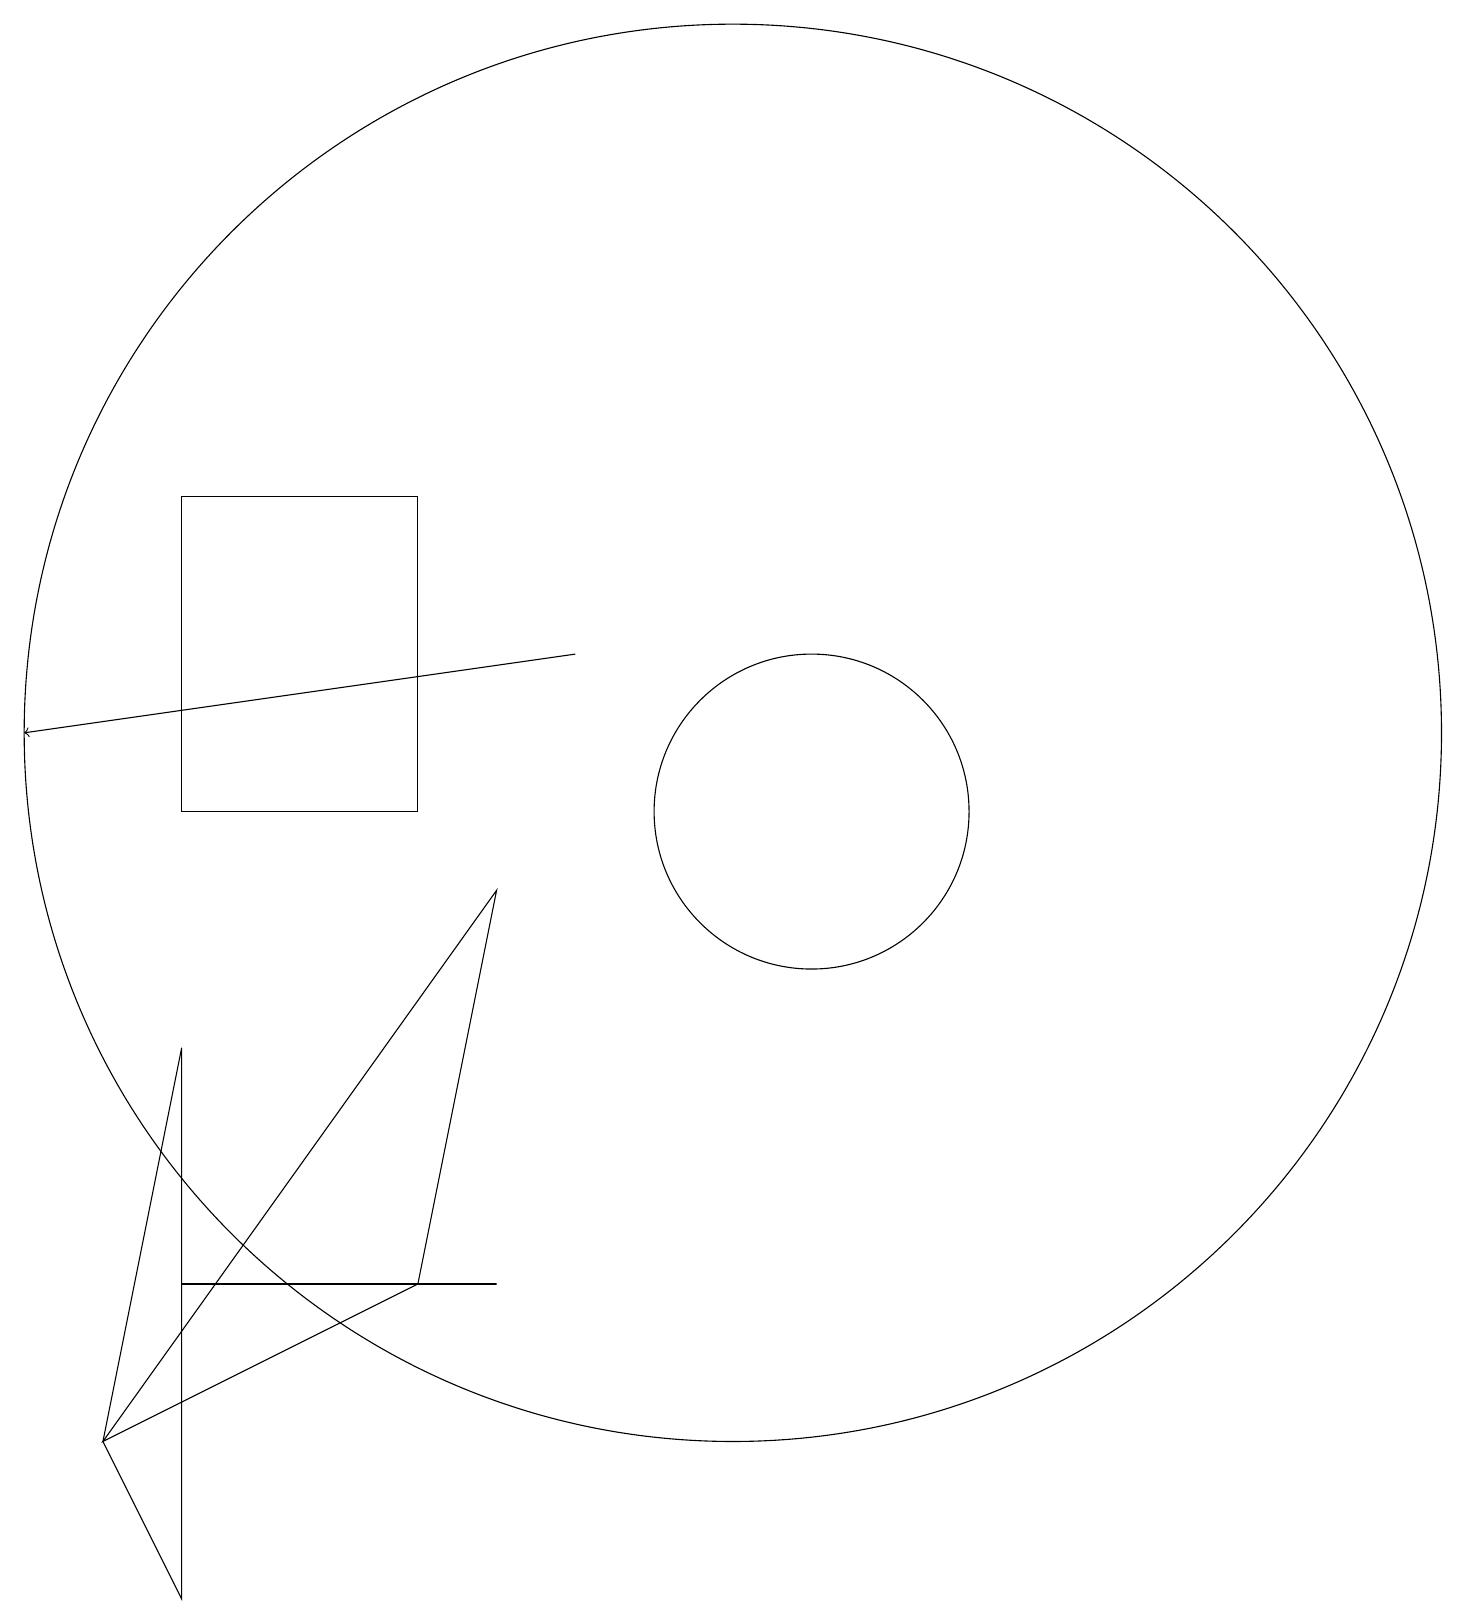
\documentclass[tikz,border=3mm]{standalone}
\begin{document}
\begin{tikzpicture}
\draw (7,14) rectangle (4,10);
\draw (4,4) -- (5,4) -- (8,4) -- cycle;
\draw (11,11) circle (9);
\draw (7,4) -- (8,9) -- (3,2) -- cycle;
\draw[->] (9,12) -- (2,11);
\draw (4,0) -- (3,2) -- (4,7) -- cycle;
\draw (12,10) circle (2);
\draw (12,10) circle (0);
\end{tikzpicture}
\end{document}